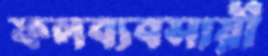
ফলব্যবসায়ী